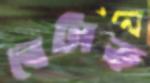
বেটাক